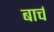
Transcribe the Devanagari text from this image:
बार्च